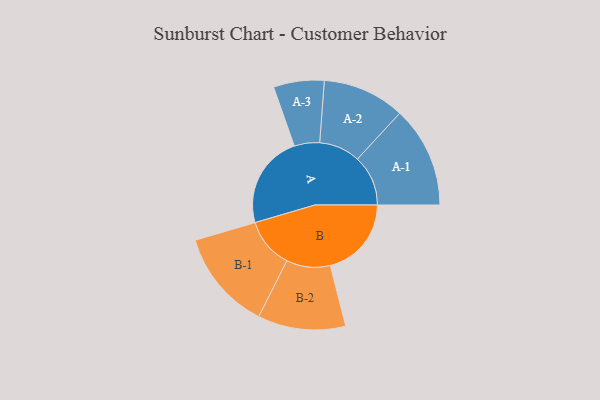
{"axis": {"x": "Segment", "y": "Value"}, "legend": ["", "A", "B"], "data": [{"x": "A", "y": 401, "type": ""}, {"x": "B", "y": 349, "type": ""}, {"x": "A-1", "y": 218, "type": "A"}, {"x": "A-2", "y": 177, "type": "A"}, {"x": "A-3", "y": 109, "type": "A"}, {"x": "B-1", "y": 216, "type": "B"}, {"x": "B-2", "y": 189, "type": "B"}]}